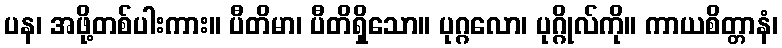
ပန၊ အဖို့တစ်ပါးကား။ ပီတိမာ၊ ပီတိရှိသော။ ပုဂ္ဂလော၊ ပုဂ္ဂိုလ်ကို။ ကာယစိတ္တာနံ၊